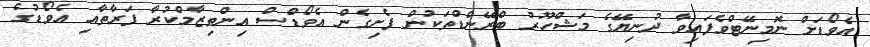
އެވޯޑަށް ނޮމިނޭޓްވެފައިވާ ދުނިޔޭގެ މަޝްހޫރު ބްރޭންޑްތަކުން ފެށިގެން އެވޯޑްސް އިންތިޒާމްކުރާ ފަރާތާއި އެވޯޑުގެ